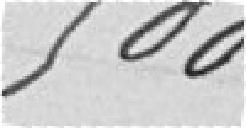
500